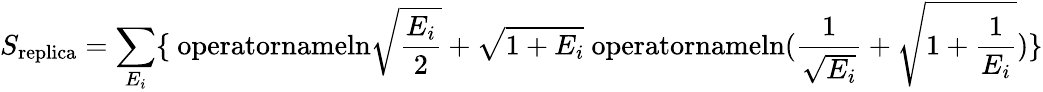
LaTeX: S_{\mathrm{replica}}=\sum_{E_{i}}\{ \mathrm{\ operatorname{ln}}\sqrt{{\frac{E_{i}}{2}}}+\sqrt{1+E_{i}}\mathrm{\ operatorname{ln}}({\frac{1}{\sqrt{E_{i}}}}+\sqrt{1+{\frac{1}{E_{i}}}})\}